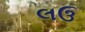
લઉ